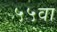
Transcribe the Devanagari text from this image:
५५वा